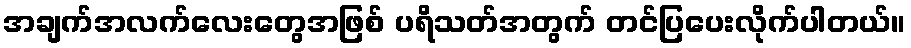
အချက်အလက်လေးတွေအဖြစ် ပရိသတ်အတွက် တင်ပြပေးလိုက်ပါတယ်။